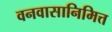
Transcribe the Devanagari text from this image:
वनवासानिमित्त